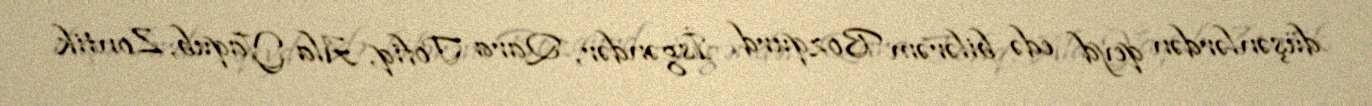
düşənlərdən qeyd edə bilərəm Bozqurd İsgəndər, Qara Tofiq, Ala Yaqub, Zontik